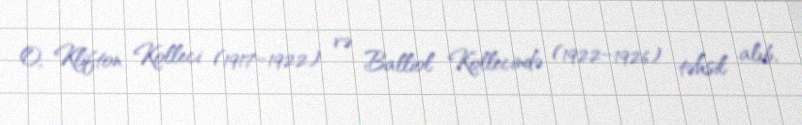
O, Klifton Kolleci (1917–1922) və Balliol Kollecində (1922–1926) təhsil alıb,